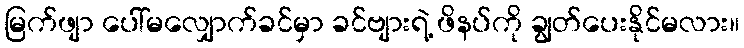
မြက်ဖျာ ပေါ်မလျှောက်ခင်မှာ ခင်ဗျားရဲ့ ဖိနပ်ကို ချွတ်ပေးနိုင်မလား။